Indian Medical Review
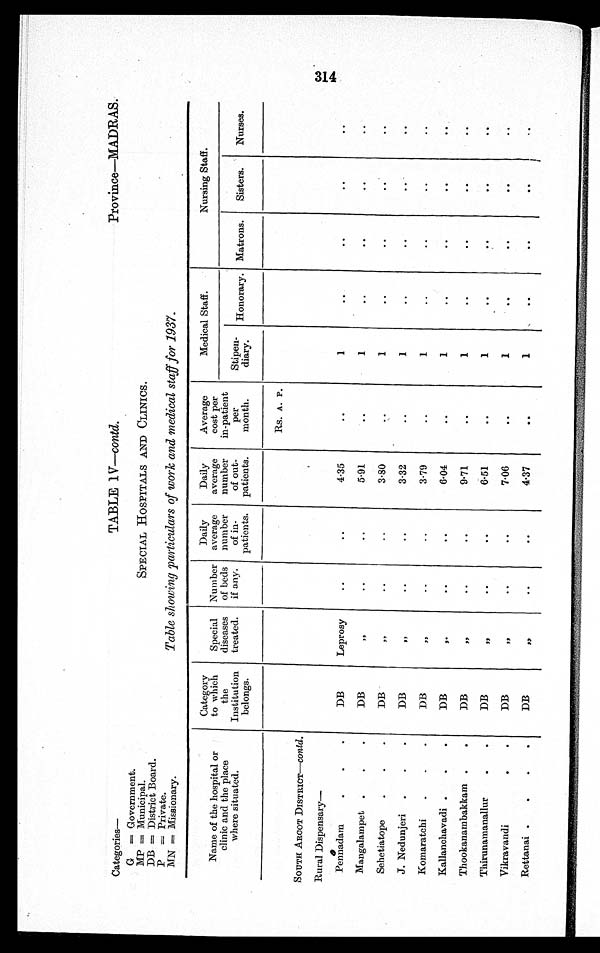
Categories—
TABLE IV—contd.
Province—MADRAS.
G = Government.
SPECIAL HOSPITALS AND CLINICS.
MP = Municipal.
DB = District Board.
Table showing particulars of work and medical staff for 1937.
P=Pr i vat e.
MN = Missionary.
Name of the hospital or
clinic and the place
where situated.
Category
to which
the
Institution
belongs.
Special
diseases
treated.
Number
of beds
if any.
Daily
average
nu mber
of in-
patients.
Daily
average
number
of out-
patients.
Average
cost per
in-patient
per
month.
Medical Staff.
Nursing Staff.
Stipen-
diary.
Honorary. Matrons.
Sisters.
Nurses.
Rs. A. P.
SOUTH ARCOT DISTRICT—contd.
Rural Dispensary
Pennadam
DB
Leprosy
..
..
4·35
..
1
..
..
..
..
Mangalampet
DB
,,
..
..
5·91
..
1
..
..
..
..
Sehetiatope
DB
,,
..
..
3·80
..
1
..
..
..
..
J. Nedunjeri
DB
,,
..
..
3·32
..
1
..
..
..
..
Komaratchi
DB
,,
..
..
3·79
..
1
..
..
..
..
Kallanchavadi
DB
,,
..
..
6·04
..
1
..
..
..
..
Thookanambakkam
DB
,,
..
..
9·71
..
1
..
..
..
..
Thirunamanallur
DB
,,
..
..
6·51
..
1
..
..
..
..
Vikravandi
DB
,,
..
..
7·06
..
1
..
..
..
..
Rettanai
DB
,,
..
..
4·37
..
1
..
..
..
..
3 1 4